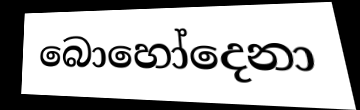
බොහෝදෙනා